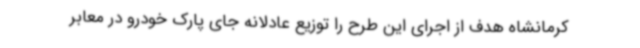
کرمانشاه هدف از اجرای این طرح را توزیع عادلانه جای پارک خودرو در معابر